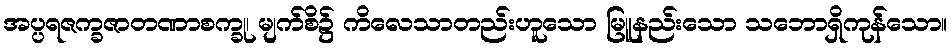
အပ္ပရဇက္ခဇာတဏာစက္ခု၊ မျက်စိ၌ ကိလေသာတည်းဟူသော မြူနည်းသော သဘောရှိကုန်သော။